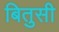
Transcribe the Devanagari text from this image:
बितुसी